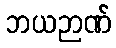
ဘယဉာဏ်